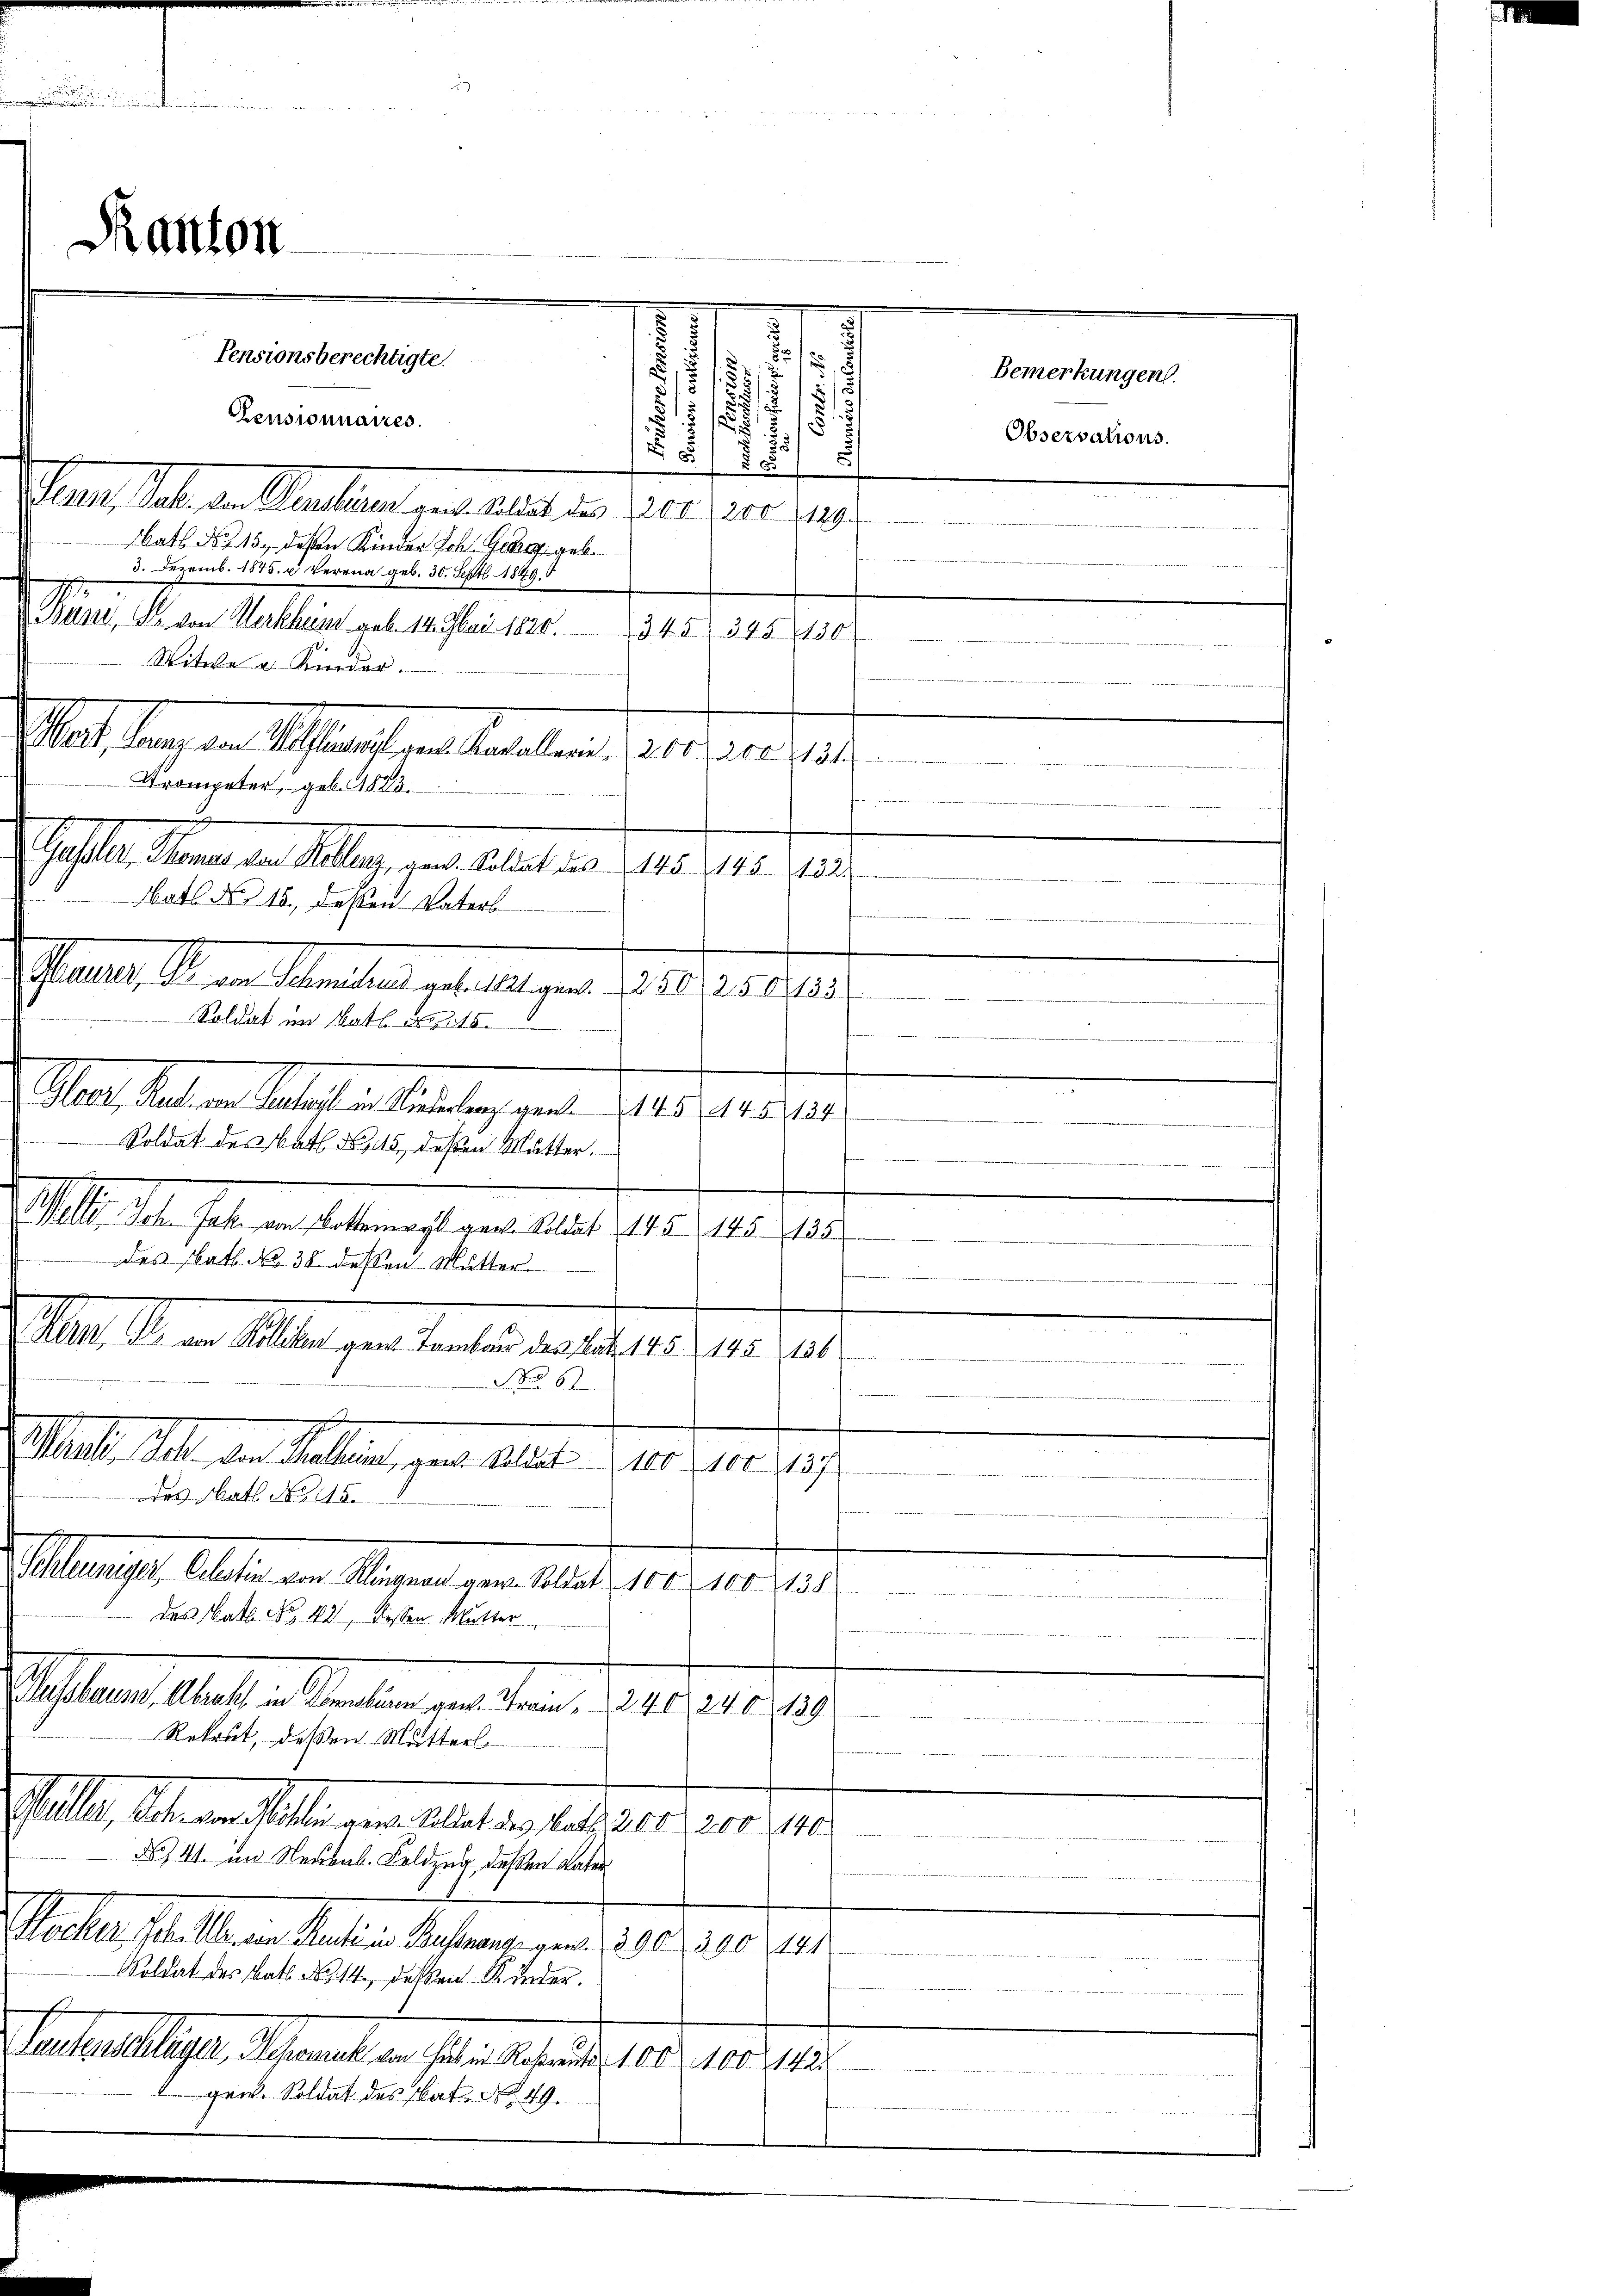
u

s
.
2
¬

Pensionnaires.
5/5 2/
Lenn, Jahr den Pensiren gen. Soldat des 2200, 200. 229.
bath des 15. deßen Kinder Joh. Geleg geb.
3. Dezemb. 1875. u Verena geb. 30. Sept 1849
Puni, Pr. von Malheit geb. 14. Mai 1826.
Versandten
Witwe u. Kinder.
Wat, lang von Altauft gene Kadelland 200, 200. 11
Trompeter, geb. 1823.
Gfe. Marian Klage der Art das 18. 10. 123.
batt No 16. dessen Vaters
Phant, die an Manten geselligen d. d. 218.
Bau
Soldat im Math. N. 115.
Gloor, Rat von Rector in Niederlang gent. 145. 145. 134
Soldat des Nath No. 145, deßen Mutter.
e
Welti. Ich. Jak. von Botternwyl gew. Soldat 145 145. 135.

des Nat. No. 38 dessen Mutter
Mlan. Pr. von Kellen gene Tambau des Platz. 148 (148. 21st

NNo. 6
Mall h. der Meilen, gene Austr. d. d. 12. 187
ar
batt No 115.
anage, Alten ein Wagendenen laut der vor der
des Nath No 40, diessen Mutter
Pasans laute Malten an den Bestag 119.
Rekost, deßen Mutterl
Stelle, die er haltenen Mater das er d. 10. 1910.
N. 141. im Neuens-Feldzug, deßen Vater
Sacher, Phillenen Mater in Rechnung und 300 f 300 (141
Soldat des Batt. No 14. dessen Kinder.
Lautenschläger, Schemal von Hul in Roßtraute 100 f 100 Mai
i. Soldat des Nat. No. 49.
.

Kanton

Pensionsberechtigte.

Bemerkungen.
Observations.